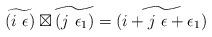
LaTeX: \begin{align*}\widetilde{\left(i\ \epsilon\right)}\boxtimes\widetilde{\left(j\ \epsilon_{1}\right)}=\widetilde{\left(i+j\ \epsilon+\epsilon_{1}\right)}\end{align*}